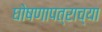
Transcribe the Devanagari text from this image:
घोषणापत्राच्या